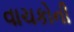
વાચકોની